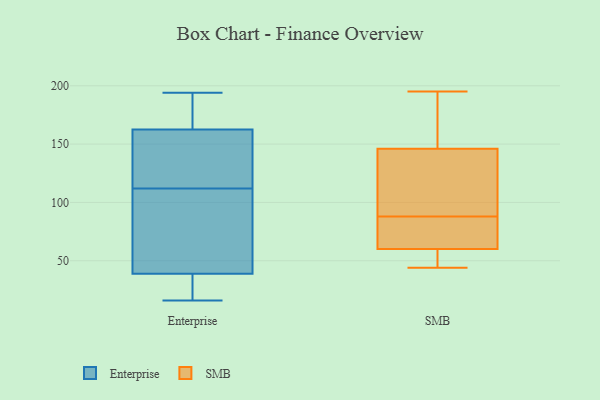
{"axis": {"x": "Energy Usage (MWh)", "y": "Value"}, "legend": ["Enterprise", "SMB"], "data": [{"x": "", "y": 79, "type": "Enterprise"}, {"x": "", "y": 25, "type": "Enterprise"}, {"x": "", "y": 194, "type": "Enterprise"}, {"x": "", "y": 64, "type": "Enterprise"}, {"x": "", "y": 170, "type": "Enterprise"}, {"x": "", "y": 38, "type": "Enterprise"}, {"x": "", "y": 168, "type": "Enterprise"}, {"x": "", "y": 41, "type": "Enterprise"}, {"x": "", "y": 30, "type": "Enterprise"}, {"x": "", "y": 137, "type": "Enterprise"}, {"x": "", "y": 146, "type": "Enterprise"}, {"x": "", "y": 119, "type": "Enterprise"}, {"x": "", "y": 181, "type": "Enterprise"}, {"x": "", "y": 112, "type": "Enterprise"}, {"x": "", "y": 16, "type": "Enterprise"}, {"x": "", "y": 152, "type": "SMB"}, {"x": "", "y": 55, "type": "SMB"}, {"x": "", "y": 88, "type": "SMB"}, {"x": "", "y": 47, "type": "SMB"}, {"x": "", "y": 168, "type": "SMB"}, {"x": "", "y": 65, "type": "SMB"}, {"x": "", "y": 195, "type": "SMB"}, {"x": "", "y": 110, "type": "SMB"}, {"x": "", "y": 140, "type": "SMB"}, {"x": "", "y": 88, "type": "SMB"}, {"x": "", "y": 44, "type": "SMB"}, {"x": "", "y": 65, "type": "SMB"}]}